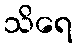
သိရေ